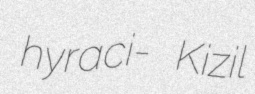
hyraci- Kizil